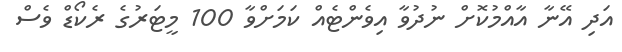
އަދި އޭނާ އާއްމުކޮށް ނުދުވާ އިވެންޓެއް ކަމަށްވާ 100 މީޓަރުގެ ރެކޯޑް ވެސް